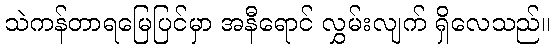
သဲကန်တာရမြေပြင်မှာ အနီရောင် လွှမ်းလျက် ရှိလေသည်။